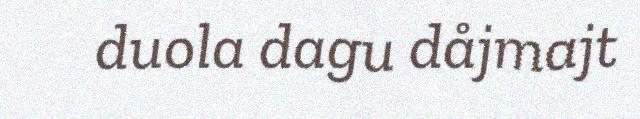
duola dagu dåjmajt